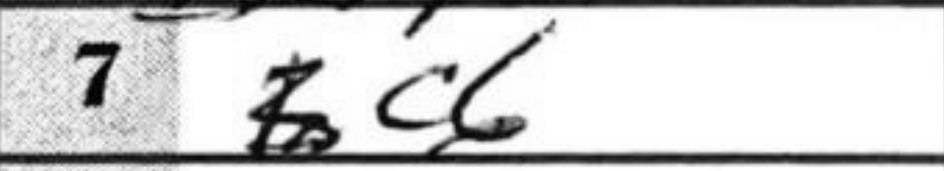
Transcription: c6